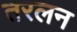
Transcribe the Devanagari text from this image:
तरलन